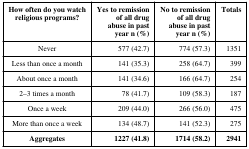
<table><thead><tr><td><b>How often do you watchreligious programs?</b></td><td><b>Yes to remissionof all drugabuse in pastyear n (%)</b></td><td><b>No to remissionof all drugabuse in pastyear n (%)</b></td><td><b>Totals</b></td></tr></thead><tbody><tr><td>Never</td><td>577 (42.7)</td><td>774 (57.3)</td><td>1351</td></tr><tr><td>Less than once a month</td><td>141 (35.3)</td><td>258 (64.7)</td><td>399</td></tr><tr><td>About once a month</td><td>141 (34.6)</td><td>166 (64.7)</td><td>254</td></tr><tr><td>2–3 times a month</td><td>78 (41.7)</td><td>109 (58.3)</td><td>187</td></tr><tr><td>Once a week</td><td>209 (44.0)</td><td>266 (56.0)</td><td>475</td></tr><tr><td>More than once a week</td><td>134 (48.7)</td><td>141 (52.3)</td><td>275</td></tr><tr><td><b>Aggregates</b></td><td><b>1227 (41.8)</b></td><td><b>1714 (58.2)</b></td><td><b>2941</b></td></tr></tbody></table>